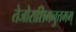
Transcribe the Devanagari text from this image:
तेजोराशिमनुत्तमम्